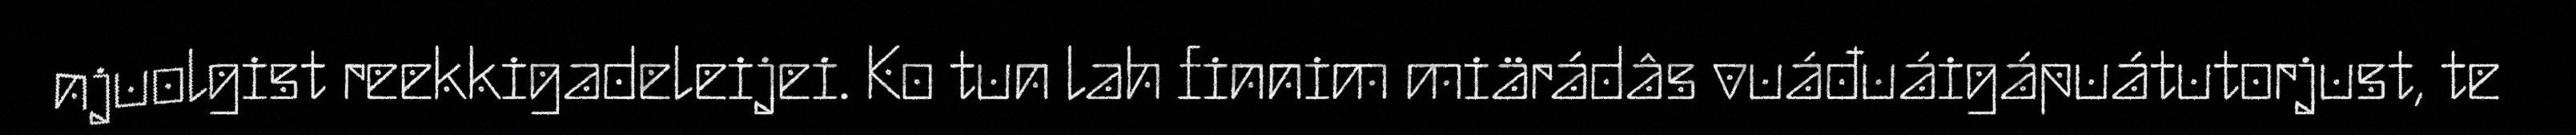
njuolgist reekkigadeleijei. Ko tun lah finnim miärádâs vuáđuáigápuátutorjust, te